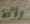
ولادة